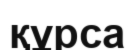
құрса